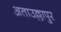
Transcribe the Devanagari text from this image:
अताउल्लापुर